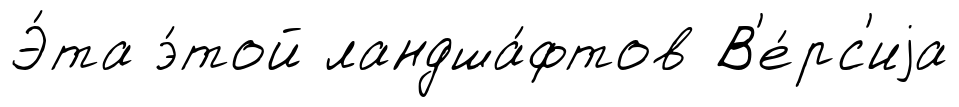
Э́та э́той ландша́фтов В'е́рс'иjа